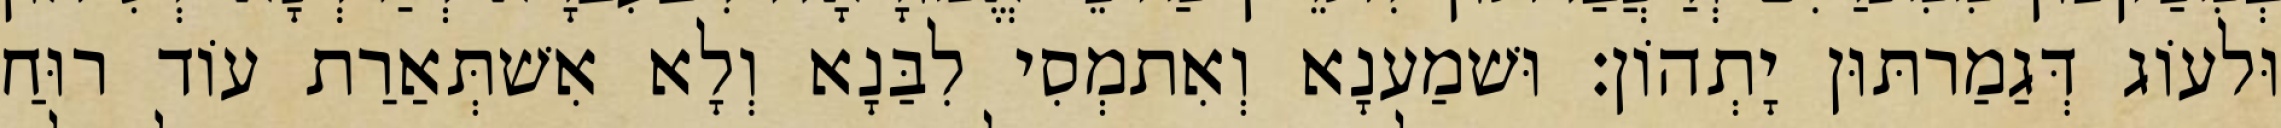
וּלעוֹג דְּגַמַרתּוּן יָתְהוֹן׃ וּשׁמַענָא וְאִתמְסִי לִבַּנָא וְלָא אִשׁתְּאַרַת עוֹד רוּחַ